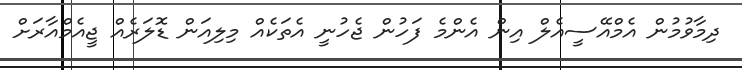
ދިމާވުމުން އެމްއޭސީއެލް އިން އެންމެ ފަހުން ޖެހުނީ އެތަކެއް މިލިއަން ޑޮލަރެއް ޖީއެމްއާރަށް